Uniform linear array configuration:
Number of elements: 16
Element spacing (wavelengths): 0.25
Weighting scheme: hann
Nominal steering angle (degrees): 60
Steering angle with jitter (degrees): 61.727
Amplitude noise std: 0.05
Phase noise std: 0.05

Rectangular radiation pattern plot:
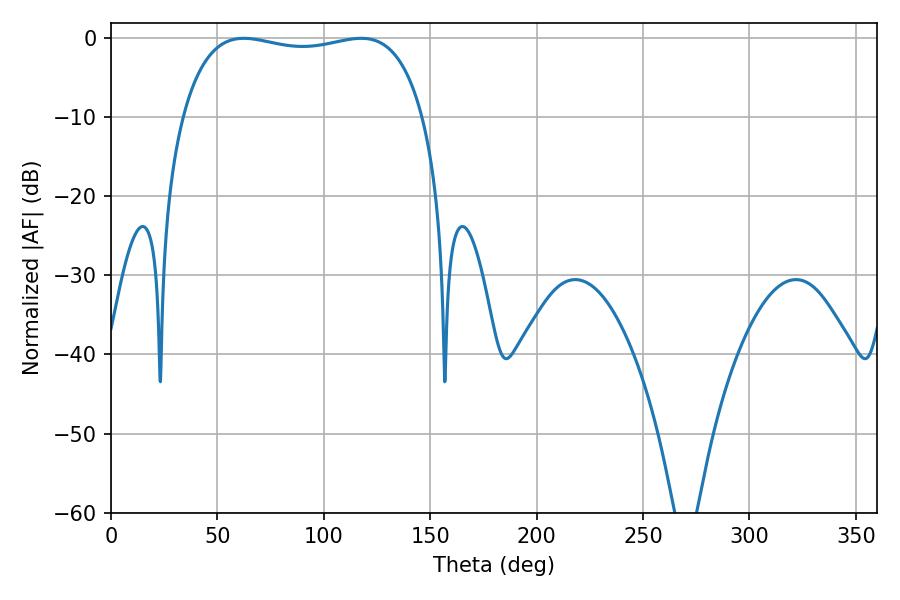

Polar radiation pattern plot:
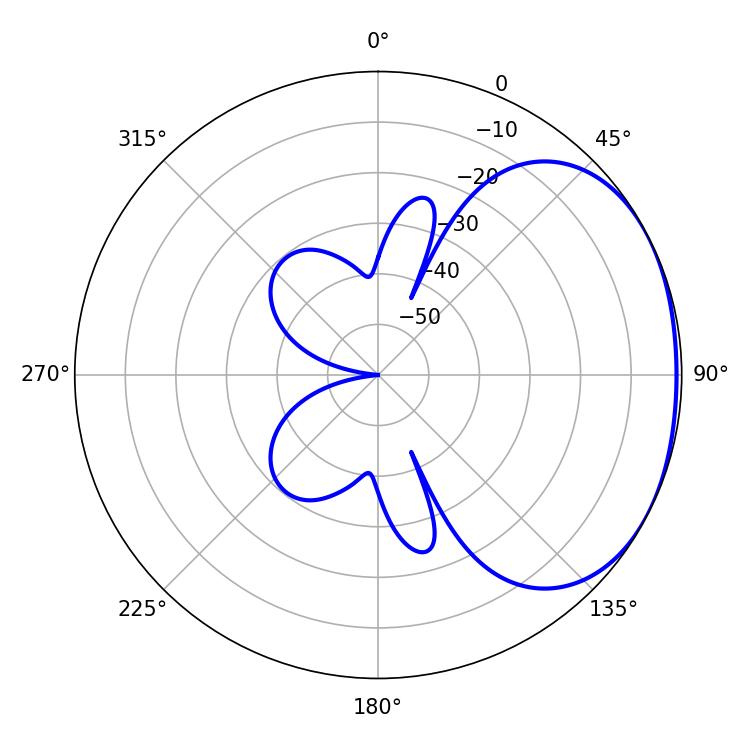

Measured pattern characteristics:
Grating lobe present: FALSE
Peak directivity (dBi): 1.818
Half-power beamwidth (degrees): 91.44
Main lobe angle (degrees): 117.54